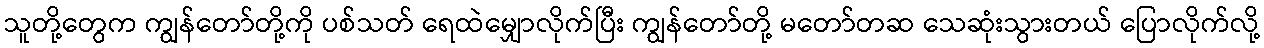
သူတို့တွေက ကျွန်တော်တို့ကို ပစ်သတ် ရေထဲမျှောလိုက်ပြီး ကျွန်တော်တို့ မတော်တဆ သေဆုံးသွားတယ် ပြောလိုက်လို့